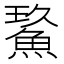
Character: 𩷡